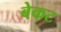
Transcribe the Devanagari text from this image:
बेकट